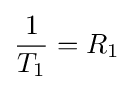
{\frac {1}{T_{1}}}=R_{1}